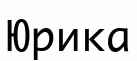
Юрика